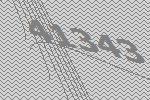
41343